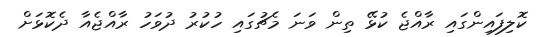
ކޮލިފައިންގައި ރާއްޖެ ކުޅޭ ތިން ވަނަ މެޗުގައި ހުކުރު ދުވަހު ރާއްޖެއާ ދެކޮޅަށް